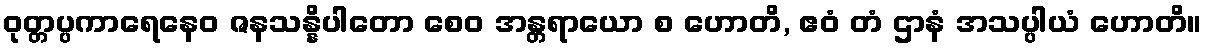
ဝုတ္တပ္ပကာရေနေဝ ဇနသန္နိပါတော စေဝ အန္တရာယော စ ဟောတိ, ဧဝံ တံ ဌာနံ အသပ္ပါယံ ဟောတိ။